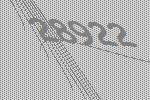
28922